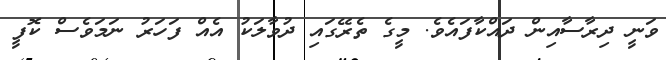
ވަނީ ދިރާސާއިން ދައްކާފައެވެ. މީގެ ތެރޭގައި ދުވާލަކު އެއް ފަހަރު ނަމަވެސް ކޮފީ